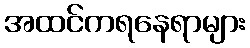
အထင်ကရနေရာများ